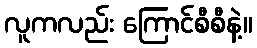
လူကလည်း ကြောင်စီစီနဲ့။